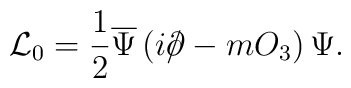
{\cal L}_0= \frac 1 2 \overline \Psi              \left ( i\rlap\slash\partial - m O_3 \right ) \Psi.